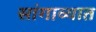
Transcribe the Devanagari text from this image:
सांगाव्यात